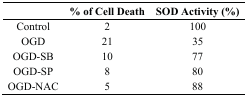
|  | % of Cell Death | SOD Activity (%) |
 | --- | --- | --- |
 | Control | 2 | 100 |
 | OGD | 21 | 35 |
 | OGD-SB | 10 | 77 |
 | OGD-SP | 8 | 80 |
 | OGD-NAC | 5 | 88 |